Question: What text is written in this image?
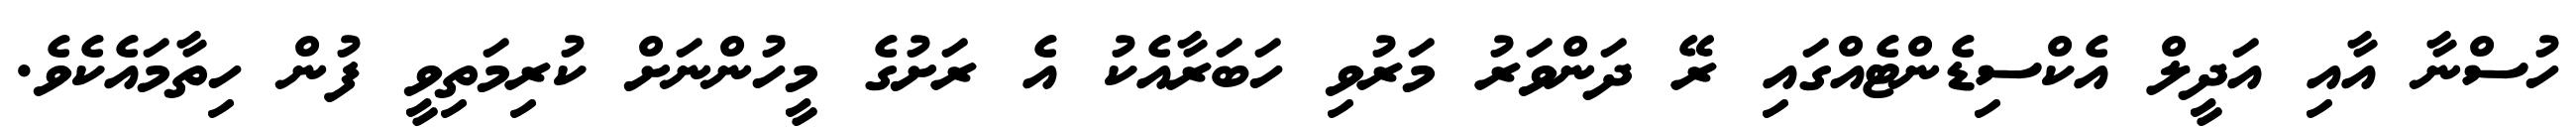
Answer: ހުސްނާ އާއި އަދީލް އެކްސިޑެންޓެއްގައި ރޭ ދަންވަރު މަރުވި ހަބަރާއެކު އެ ރަށުގެ މީހުންނަށް ކުރިމަތިވީ ފުން ހިތާމައެކެވެ.